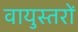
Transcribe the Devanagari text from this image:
वायुस्तरों